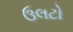
ઉલટો